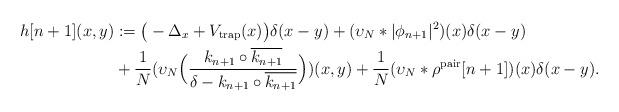
LaTeX: \begin{align*}h[n+1](x,y) &:= \big(-\Delta_x + V_\mathrm{trap}(x)\big)\delta(x-y) + (\upsilon_N\ast|\phi_{n+1}|^2)(x)\delta(x-y) \\&+\frac{1}{N}(\upsilon_N \Big(\frac{k_{n+1}\circ\overline{k_{n+1}}}{\delta - k_{n+1}\circ \overline{k_{n+1}}}\Big))(x,y) + \frac{1}{N}(\upsilon_N \ast\rho^\mathrm{pair}[n+1])(x)\delta(x-y).\end{align*}